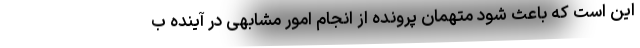
این است که باعث شود متهمان پرونده از انجام امور مشابهی در آینده ب